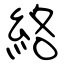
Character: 絡